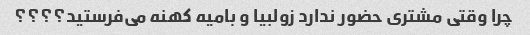
چرا وقتی مشتری حضور ندارد زولبیا و بامیه کهنه می‌فرستید؟؟؟؟